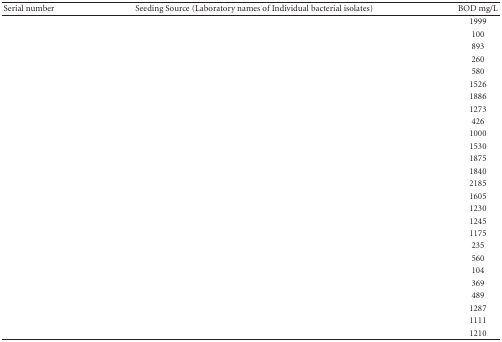
<table><thead><tr><td><b>Serial number</b></td><td><b>Seeding Source (Laboratory names of Individual bacterial isolates)</b></td><td><b>BOD mg/L</b></td></tr></thead><tbody><tr><td>[EMPTY_CELL]</td><td>[EMPTY_CELL]</td><td>1999</td></tr><tr><td>[EMPTY_CELL]</td><td>[EMPTY_CELL]</td><td>100</td></tr><tr><td>[EMPTY_CELL]</td><td>[EMPTY_CELL]</td><td>893</td></tr><tr><td>[EMPTY_CELL]</td><td>[EMPTY_CELL]</td><td>260</td></tr><tr><td>[EMPTY_CELL]</td><td>[EMPTY_CELL]</td><td>580</td></tr><tr><td>[EMPTY_CELL]</td><td>[EMPTY_CELL]</td><td>1526</td></tr><tr><td>[EMPTY_CELL]</td><td>[EMPTY_CELL]</td><td>1886</td></tr><tr><td>[EMPTY_CELL]</td><td>[EMPTY_CELL]</td><td>1273</td></tr><tr><td>[EMPTY_CELL]</td><td>[EMPTY_CELL]</td><td>426</td></tr><tr><td>[EMPTY_CELL]</td><td>[EMPTY_CELL]</td><td>1000</td></tr><tr><td>[EMPTY_CELL]</td><td>[EMPTY_CELL]</td><td>1530</td></tr><tr><td>[EMPTY_CELL]</td><td>[EMPTY_CELL]</td><td>1875</td></tr><tr><td>[EMPTY_CELL]</td><td>[EMPTY_CELL]</td><td>1840</td></tr><tr><td>[EMPTY_CELL]</td><td>[EMPTY_CELL]</td><td>2185</td></tr><tr><td>[EMPTY_CELL]</td><td>[EMPTY_CELL]</td><td>1605</td></tr><tr><td>[EMPTY_CELL]</td><td>[EMPTY_CELL]</td><td>1230</td></tr><tr><td>[EMPTY_CELL]</td><td>[EMPTY_CELL]</td><td>1245</td></tr><tr><td>[EMPTY_CELL]</td><td>[EMPTY_CELL]</td><td>1175</td></tr><tr><td>[EMPTY_CELL]</td><td>[EMPTY_CELL]</td><td>235</td></tr><tr><td>[EMPTY_CELL]</td><td>[EMPTY_CELL]</td><td>560</td></tr><tr><td>[EMPTY_CELL]</td><td>[EMPTY_CELL]</td><td>104</td></tr><tr><td>[EMPTY_CELL]</td><td>[EMPTY_CELL]</td><td>369</td></tr><tr><td>[EMPTY_CELL]</td><td>[EMPTY_CELL]</td><td>489</td></tr><tr><td>[EMPTY_CELL]</td><td>[EMPTY_CELL]</td><td>1287</td></tr><tr><td>[EMPTY_CELL]</td><td>[EMPTY_CELL]</td><td>1111</td></tr><tr><td>[EMPTY_CELL]</td><td>[EMPTY_CELL]</td><td>1210</td></tr></tbody></table>